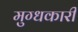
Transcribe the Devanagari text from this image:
मुग्धकारी